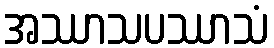
အဿာသပဿာသံ